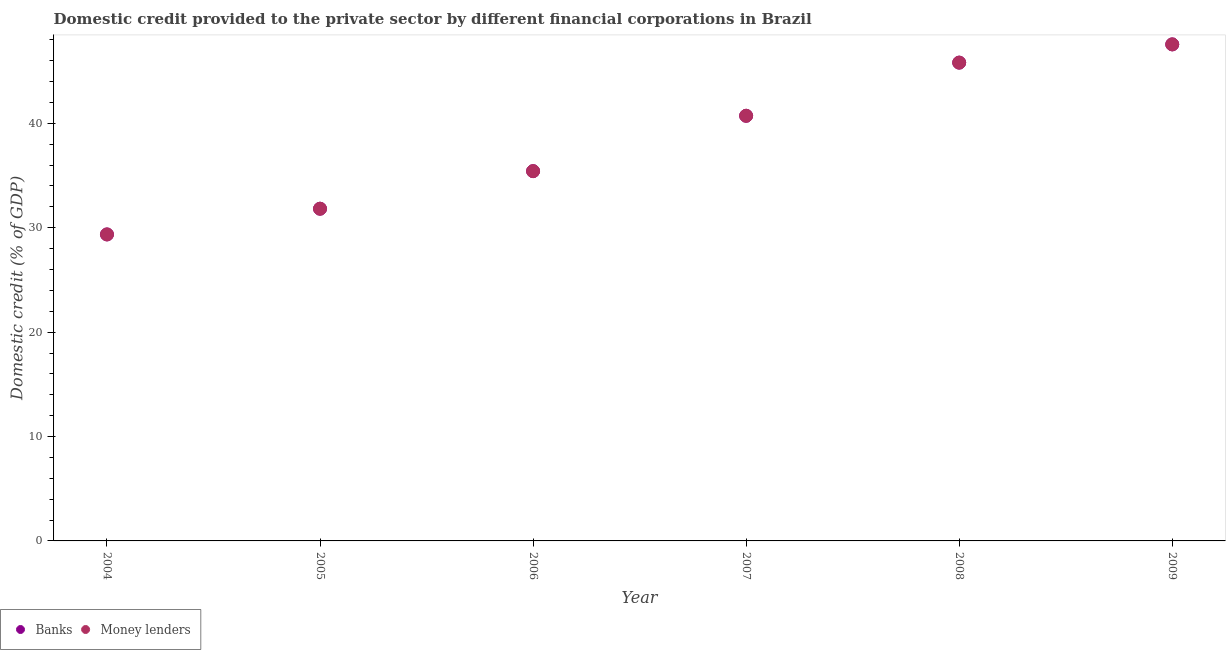
| Year | Banks | Money lenders |
 | --- | --- | --- |
 | 2004 | 29.4 | 29.4 |
 | 2005 | 31.8 | 31.8 |
 | 2006 | 35.4 | 35.4 |
 | 2007 | 40.7 | 40.7 |
 | 2008 | 45.8 | 45.8 |
 | 2009 | 47.6 | 47.6 |